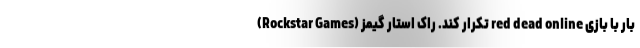
بار با بازی red dead online تکرار کند. راک استار گیمز (Rockstar Games)